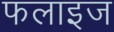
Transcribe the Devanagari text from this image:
फलाइज